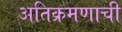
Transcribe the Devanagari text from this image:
अतिक्रमणाची